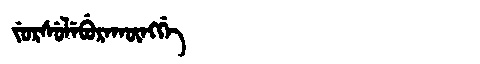
Manchu: ᠵᡠᡵᠰᡠᠯᡝᠪᡠᡵᠠᡴᡡᠩᡤᡝ
Romanization: JURSULEBURAKŪNGGE